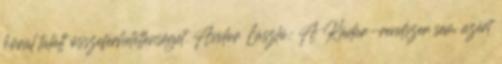
körül talált összeférhetetlenséget. Andor László: A Kádár-rendszer sem azért